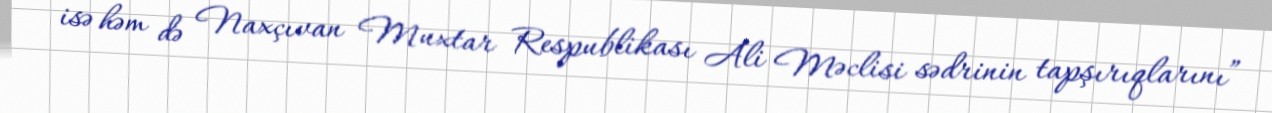
isə həm də Naxçıvan Muxtar Respublikası Ali Məclisi sədrinin tapşırıqlarını”